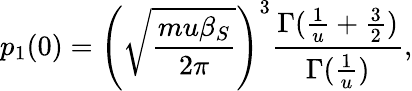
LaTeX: p_{1}(0)=\left(\sqrt{\frac{mu\beta_{S}}{2\pi}}\right)^{3}\frac{\Gamma(\frac{1}{u}+\frac{3}{2})}{\Gamma(\frac{1}{u})},